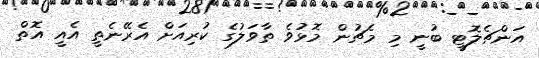
އަންޗެލޮޓީ ބުނީ މި މެޗުން މޮޅުވެ ތާވަލުގެ ކުރިއަށް އެރޭނެތީ އެއީ އޮތް